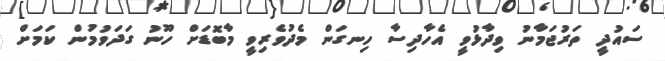
ސައުދީ ތަރުޖަމާނު ވިދާޅުވީ އެހާދިސާ ހިނގަން މެދުވެރިވީ މާބޮޑަށް ހޫނު ގަދަވުމުން ކަމަށް